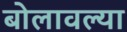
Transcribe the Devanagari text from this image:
बोलावल्या